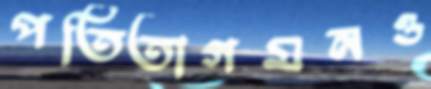
পতিতাগমনও